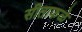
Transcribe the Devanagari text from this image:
सीताफळे